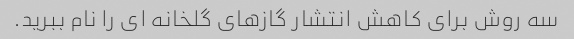
سه روش برای کاهش انتشار گازهای گلخانه ای را نام ببرید.